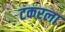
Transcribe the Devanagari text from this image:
टकरला